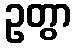
ဥတွာ